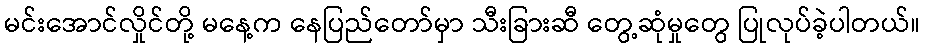
မင်းအောင်လှိုင်တို့ မနေ့က နေပြည်တော်မှာ သီးခြားဆီ တွေ့ဆုံမှုတွေ ပြုလုပ်ခဲ့ပါတယ်။